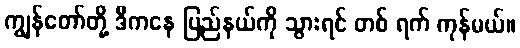
ကျွန်တော်တို့ ဒီကနေ ပြည်နယ်ကို သွားရင် တစ် ရက် ကုန်မယ်။